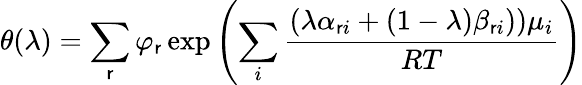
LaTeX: \theta(\lambda)=\sum_{\mathsf{r}}\varphi_{\mathsf{r}}\exp\left(\sum_{i}{\frac{{(\lambda\alpha_{\mathsf{r}i}+(1-\lambda)\beta_{\mathsf{r}i}))\mu_{i}}}{{RT}}}\right)